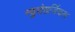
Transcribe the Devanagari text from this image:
न्युरोसर्जिकल